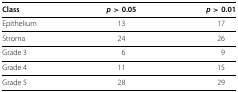
<table><thead><tr><td><b>Class</b></td><td><b><i>p</i>&gt; 0.05</b></td><td><b><i>p</i>&gt; 0.01</b></td></tr></thead><tbody><tr><td>Epithelium</td><td>13</td><td>17</td></tr><tr><td>Stroma</td><td>24</td><td>26</td></tr><tr><td>Grade 3</td><td>6</td><td>9</td></tr><tr><td>Grade 4</td><td>11</td><td>15</td></tr><tr><td>Grade 5</td><td>28</td><td>29</td></tr></tbody></table>